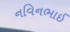
નવિનભાઈ